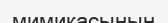
мимикасының